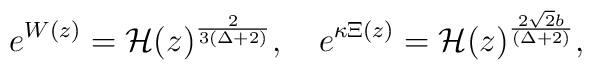
e^{W(z)} = {\cal H}(z)^{\frac{2}{3(\Delta+2)}},\quad e^{\kappa \Xi(z)}={\cal H}(z)^{\frac{2 \sqrt{2}b}{(\Delta+2)}},